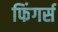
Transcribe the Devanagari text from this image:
फिंगर्स